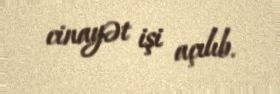
cinayət işi açılıb.